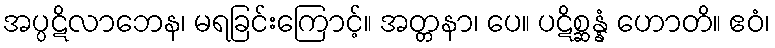
အပ္ပဋိလာဘေန၊ မရခြင်းကြောင့်။ အတ္တနာ၊ ပေ။ ပဋိစ္ဆန္နံ ဟောတိ။ ဧဝံ၊